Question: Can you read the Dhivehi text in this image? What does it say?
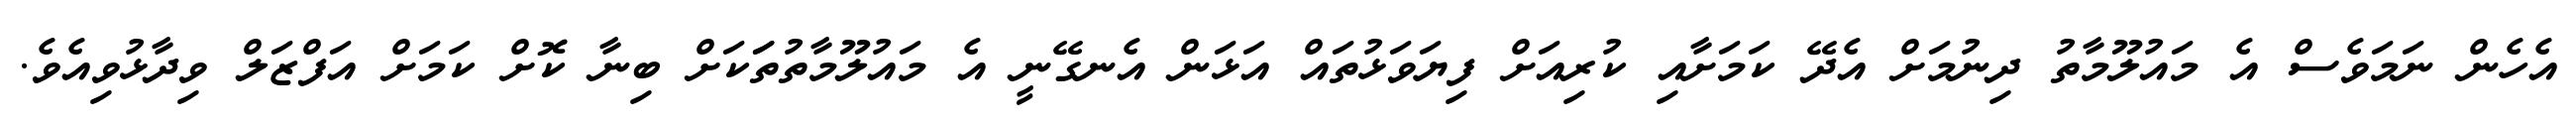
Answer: އެހެން ނަމަވެސް އެ މައުލޫމާތު ދިނުމަށް އެދޭ ކަމަށާއި ކުރިއަށް ފިޔަވަޅުތައް އަޅަން އެނގޭނީ އެ މައުލޫމާތުތަަކަށް ބިނާ ކޮށް ކަމަށް އަފްޒަލް ވިދާޅުވިއެވެ.